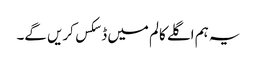
یہ ہم اگلے کالم میں ڈسکس کریں گے۔